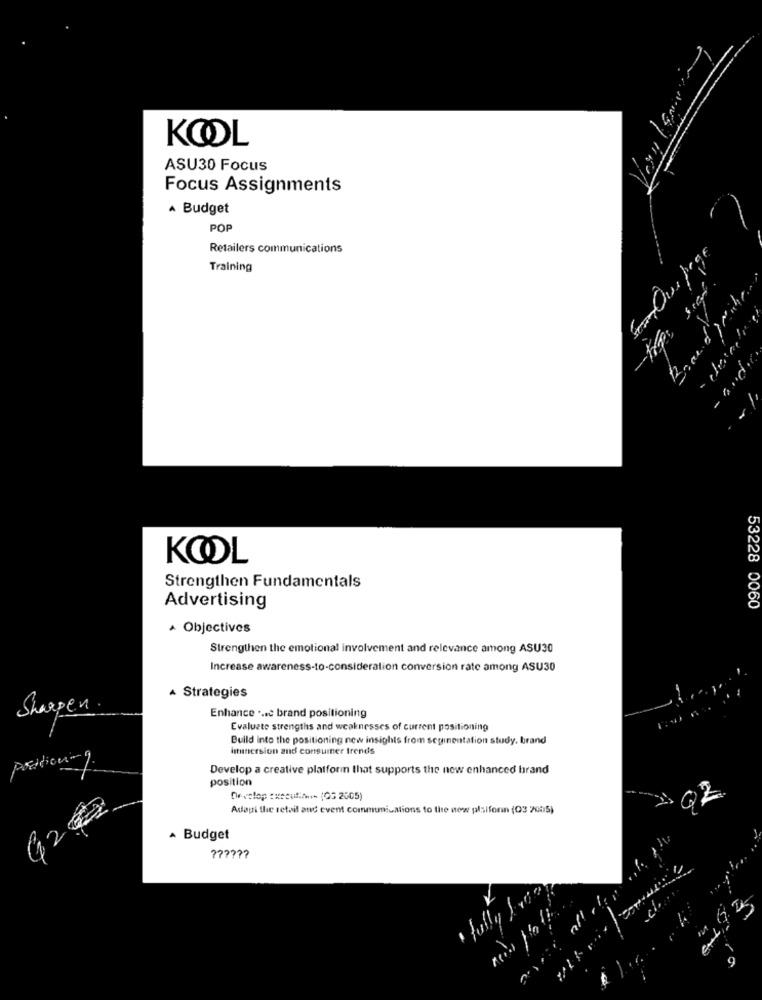
KOOL
ASU30 Focus
Focus Assignments
· Budget
POP
Retailers communications
Training
-traps scel.
KOOL
Strengthen Fundamentals
Advertising
53228 0060
Objectives
Strengthen the emotional involvement and relevance among ASU30
Increase awareness-to-consideration conversion rate among ASU30
À Strategies
Sharpen
Enhance ... c brand positioning
Evaluate strengths and weaknesses of current positioning
Build into the positioning new insights from segmentation study, brand
immersion and consumer trends
Develop a creative platforin that supports the new enhanced brand
position
92
Develop execution- (OG 2005)
Adagi the retail and event communications to the new plalfonn (03 2005)
2
A Budget
fully & via
alle
493
9